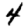
Digit: 4